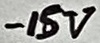
Text: -15V